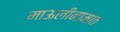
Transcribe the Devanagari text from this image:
माऊलीनामात